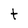
Character: t